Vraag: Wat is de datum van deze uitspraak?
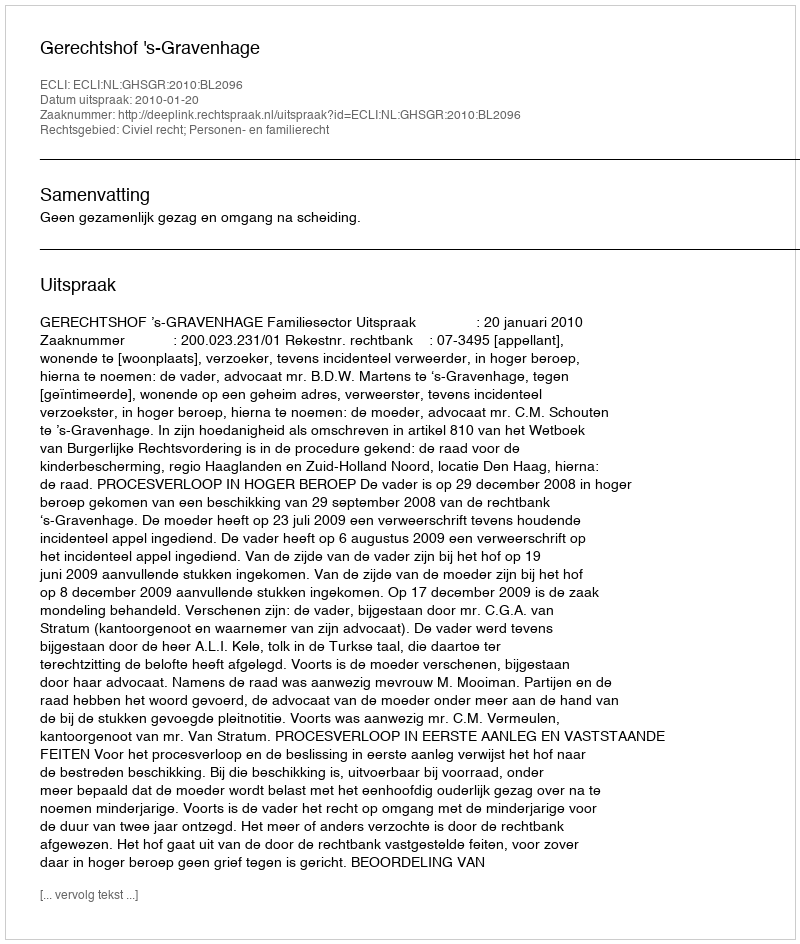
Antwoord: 2010-01-20